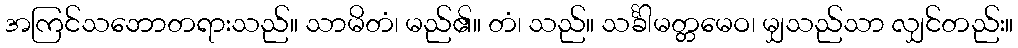
အကြင်သဘောတရားသည်။ သာမိတံ၊ မည်၏။ တံ၊ သည်။ သင်္ခါမတ္တမေဝ၊ မျှသည်သာ လျှင်တည်း။